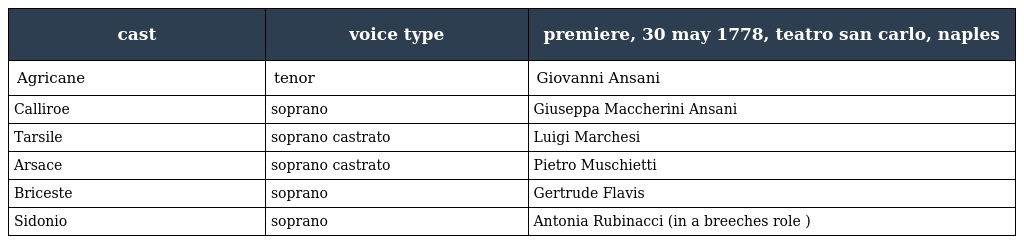
| cast | voice type | premiere, 30 may 1778, teatro san carlo, naples |
 | --- | --- | --- |
 | Agricane | tenor | Giovanni Ansani |
 | Calliroe | soprano | Giuseppa Maccherini Ansani |
 | Tarsile | soprano castrato | Luigi Marchesi |
 | Arsace | soprano castrato | Pietro Muschietti |
 | Briceste | soprano | Gertrude Flavis |
 | Sidonio | soprano | Antonia Rubinacci (in a breeches role ) |